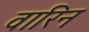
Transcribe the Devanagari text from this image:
वारिन